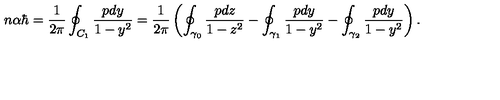
n \alpha \hbar = \frac { 1 } { 2 \pi } \oint _ { C _ { 1 } } \frac { p d y } { 1 - y ^ { 2 } } = \frac { 1 } { 2 \pi } \left( \oint _ { \gamma _ { 0 } } \frac { p d z } { 1 - z ^ { 2 } } - \oint _ { \gamma _ { 1 } } \frac { p d y } { 1 - y ^ { 2 } } - \oint _ { \gamma _ { 2 } } \frac { p d y } { 1 - y ^ { 2 } } \right) .